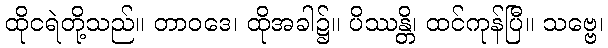
ထိုငရဲတို့သည်။ တာဝဒေ၊ ထိုအခါ၌။ ပိဿန္တိ၊ ထင်ကုန်ပြီ။ သဗ္ဗေ၊